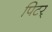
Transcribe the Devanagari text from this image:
पिटर्